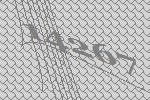
14267